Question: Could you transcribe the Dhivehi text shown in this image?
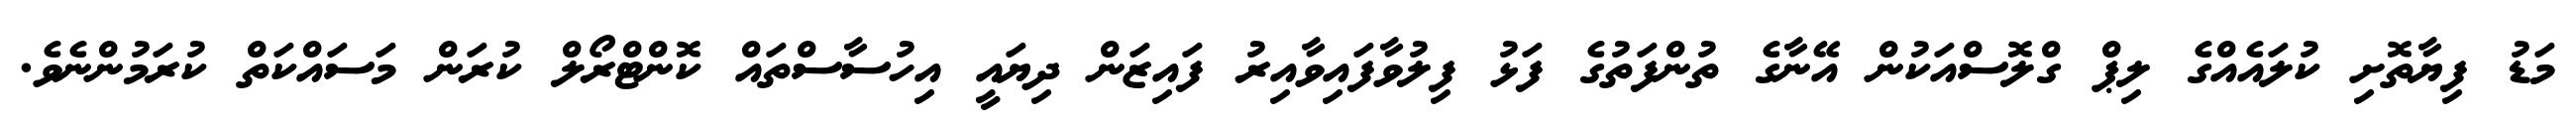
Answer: މަޑު ފިޔާތޮށި ކުލައެއްގެ ލިޕް ގްލޮސްއަކުން އޭނާގެ ތުންފަތުގެ ފަޅު ފިލުވާފައިވާއިރު ފައިޒަން ދިޔައީ އިހުސާސްތައް ކޮންޓްރޯލް ކުރަން މަސައްކަތް ކުރަމުންނެވެ.